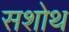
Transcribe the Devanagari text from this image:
सशोथ